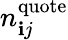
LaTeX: n_{\mathbf{i}j}^{\mathrm{{quote}}}